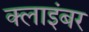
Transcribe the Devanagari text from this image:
क्लाइंबर